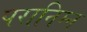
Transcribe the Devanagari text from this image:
परानिम्न